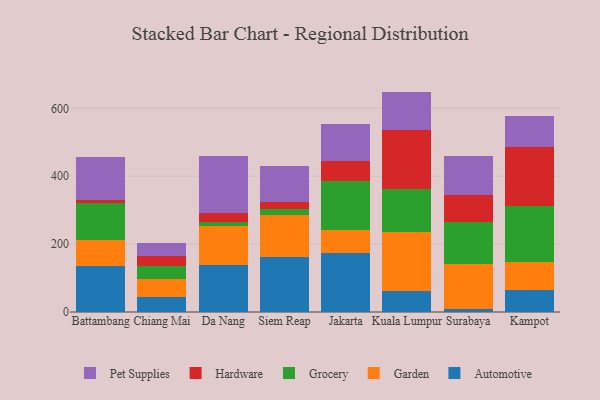
{"axis": {"x": "City", "y": "Demand Index"}, "legend": ["Automotive", "Garden", "Grocery", "Hardware", "Pet Supplies"], "data": [{"x": "Battambang", "y": 134.5, "type": "Automotive"}, {"x": "Battambang", "y": 76.3, "type": "Garden"}, {"x": "Battambang", "y": 109.6, "type": "Grocery"}, {"x": "Battambang", "y": 8.1, "type": "Hardware"}, {"x": "Battambang", "y": 129.0, "type": "Pet Supplies"}, {"x": "Chiang Mai", "y": 45.1, "type": "Automotive"}, {"x": "Chiang Mai", "y": 52.7, "type": "Garden"}, {"x": "Chiang Mai", "y": 38.9, "type": "Grocery"}, {"x": "Chiang Mai", "y": 28.5, "type": "Hardware"}, {"x": "Chiang Mai", "y": 38.4, "type": "Pet Supplies"}, {"x": "Da Nang", "y": 138.7, "type": "Automotive"}, {"x": "Da Nang", "y": 115.2, "type": "Garden"}, {"x": "Da Nang", "y": 12.5, "type": "Grocery"}, {"x": "Da Nang", "y": 23.9, "type": "Hardware"}, {"x": "Da Nang", "y": 170.2, "type": "Pet Supplies"}, {"x": "Siem Reap", "y": 162.3, "type": "Automotive"}, {"x": "Siem Reap", "y": 123.5, "type": "Garden"}, {"x": "Siem Reap", "y": 16.3, "type": "Grocery"}, {"x": "Siem Reap", "y": 23.0, "type": "Hardware"}, {"x": "Siem Reap", "y": 105.6, "type": "Pet Supplies"}, {"x": "Jakarta", "y": 174.1, "type": "Automotive"}, {"x": "Jakarta", "y": 67.3, "type": "Garden"}, {"x": "Jakarta", "y": 145.7, "type": "Grocery"}, {"x": "Jakarta", "y": 57.7, "type": "Hardware"}, {"x": "Jakarta", "y": 108.9, "type": "Pet Supplies"}, {"x": "Kuala Lumpur", "y": 63.1, "type": "Automotive"}, {"x": "Kuala Lumpur", "y": 173.0, "type": "Garden"}, {"x": "Kuala Lumpur", "y": 127.2, "type": "Grocery"}, {"x": "Kuala Lumpur", "y": 172.5, "type": "Hardware"}, {"x": "Kuala Lumpur", "y": 113.5, "type": "Pet Supplies"}, {"x": "Surabaya", "y": 9.8, "type": "Automotive"}, {"x": "Surabaya", "y": 131.5, "type": "Garden"}, {"x": "Surabaya", "y": 123.4, "type": "Grocery"}, {"x": "Surabaya", "y": 80.5, "type": "Hardware"}, {"x": "Surabaya", "y": 114.9, "type": "Pet Supplies"}, {"x": "Kampot", "y": 63.4, "type": "Automotive"}, {"x": "Kampot", "y": 85.3, "type": "Garden"}, {"x": "Kampot", "y": 162.8, "type": "Grocery"}, {"x": "Kampot", "y": 174.5, "type": "Hardware"}, {"x": "Kampot", "y": 92.1, "type": "Pet Supplies"}]}